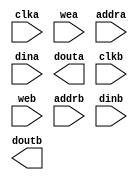
module oam(
  clka,
  wea,
  addra,
  dina,
  douta,
  clkb,
  web,
  addrb,
  dinb,
  doutb
);

input clka;
input [0 : 0] wea;
input [7 : 0] addra;
input [7 : 0] dina;
output [7 : 0] douta;
input clkb;
input [0 : 0] web;
input [7 : 0] addrb;
input [7 : 0] dinb;
output [7 : 0] doutb;

// synthesis translate_off

  BLK_MEM_GEN_V7_3 #(
    .C_ADDRA_WIDTH(8),
    .C_ADDRB_WIDTH(8),
    .C_ALGORITHM(1),
    .C_AXI_ID_WIDTH(4),
    .C_AXI_SLAVE_TYPE(0),
    .C_AXI_TYPE(1),
    .C_BYTE_SIZE(9),
    .C_COMMON_CLK(1),
    .C_DEFAULT_DATA("0"),
    .C_DISABLE_WARN_BHV_COLL(0),
    .C_DISABLE_WARN_BHV_RANGE(0),
    .C_ENABLE_32BIT_ADDRESS(0),
    .C_FAMILY("spartan3"),
    .C_HAS_AXI_ID(0),
    .C_HAS_ENA(0),
    .C_HAS_ENB(0),
    .C_HAS_INJECTERR(0),
    .C_HAS_MEM_OUTPUT_REGS_A(0),
    .C_HAS_MEM_OUTPUT_REGS_B(0),
    .C_HAS_MUX_OUTPUT_REGS_A(0),
    .C_HAS_MUX_OUTPUT_REGS_B(0),
    .C_HAS_REGCEA(0),
    .C_HAS_REGCEB(0),
    .C_HAS_RSTA(0),
    .C_HAS_RSTB(0),
    .C_HAS_SOFTECC_INPUT_REGS_A(0),
    .C_HAS_SOFTECC_OUTPUT_REGS_B(0),
    .C_INIT_FILE("BlankString"),
    .C_INIT_FILE_NAME("no_coe_file_loaded"),
    .C_INITA_VAL("0"),
    .C_INITB_VAL("0"),
    .C_INTERFACE_TYPE(0),
    .C_LOAD_INIT_FILE(0),
    .C_MEM_TYPE(2),
    .C_MUX_PIPELINE_STAGES(0),
    .C_PRIM_TYPE(1),
    .C_READ_DEPTH_A(256),
    .C_READ_DEPTH_B(256),
    .C_READ_WIDTH_A(8),
    .C_READ_WIDTH_B(8),
    .C_RST_PRIORITY_A("CE"),
    .C_RST_PRIORITY_B("CE"),
    .C_RST_TYPE("SYNC"),
    .C_RSTRAM_A(0),
    .C_RSTRAM_B(0),
    .C_SIM_COLLISION_CHECK("ALL"),
    .C_USE_BRAM_BLOCK(0),
    .C_USE_BYTE_WEA(0),
    .C_USE_BYTE_WEB(0),
    .C_USE_DEFAULT_DATA(0),
    .C_USE_ECC(0),
    .C_USE_SOFTECC(0),
    .C_WEA_WIDTH(1),
    .C_WEB_WIDTH(1),
    .C_WRITE_DEPTH_A(256),
    .C_WRITE_DEPTH_B(256),
    .C_WRITE_MODE_A("READ_FIRST"),
    .C_WRITE_MODE_B("READ_FIRST"),
    .C_WRITE_WIDTH_A(8),
    .C_WRITE_WIDTH_B(8),
    .C_XDEVICEFAMILY("spartan3")
  )
  inst (
    .CLKA(clka),
    .WEA(wea),
    .ADDRA(addra),
    .DINA(dina),
    .DOUTA(douta),
    .CLKB(clkb),
    .WEB(web),
    .ADDRB(addrb),
    .DINB(dinb),
    .DOUTB(doutb),
    .RSTA(),
    .ENA(),
    .REGCEA(),
    .RSTB(),
    .ENB(),
    .REGCEB(),
    .INJECTSBITERR(),
    .INJECTDBITERR(),
    .SBITERR(),
    .DBITERR(),
    .RDADDRECC(),
    .S_ACLK(),
    .S_ARESETN(),
    .S_AXI_AWID(),
    .S_AXI_AWADDR(),
    .S_AXI_AWLEN(),
    .S_AXI_AWSIZE(),
    .S_AXI_AWBURST(),
    .S_AXI_AWVALID(),
    .S_AXI_AWREADY(),
    .S_AXI_WDATA(),
    .S_AXI_WSTRB(),
    .S_AXI_WLAST(),
    .S_AXI_WVALID(),
    .S_AXI_WREADY(),
    .S_AXI_BID(),
    .S_AXI_BRESP(),
    .S_AXI_BVALID(),
    .S_AXI_BREADY(),
    .S_AXI_ARID(),
    .S_AXI_ARADDR(),
    .S_AXI_ARLEN(),
    .S_AXI_ARSIZE(),
    .S_AXI_ARBURST(),
    .S_AXI_ARVALID(),
    .S_AXI_ARREADY(),
    .S_AXI_RID(),
    .S_AXI_RDATA(),
    .S_AXI_RRESP(),
    .S_AXI_RLAST(),
    .S_AXI_RVALID(),
    .S_AXI_RREADY(),
    .S_AXI_INJECTSBITERR(),
    .S_AXI_INJECTDBITERR(),
    .S_AXI_SBITERR(),
    .S_AXI_DBITERR(),
    .S_AXI_RDADDRECC()
  );

// synthesis translate_on

endmodule